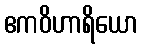
ဧကဝိဟာရိယော